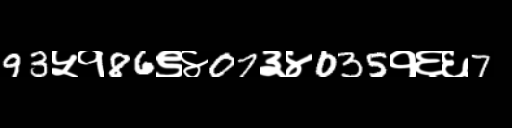
Text: 93५१86९४07३४035१६६7